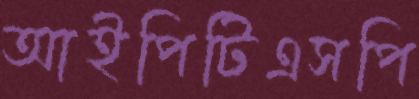
আইপিটিএসপি